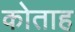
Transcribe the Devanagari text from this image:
कोताह